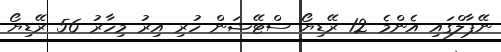
ނޭޕާލްގައި އެންމެ 12 ރޭޑިޔޯ ސްޓޭޝަން ހުރި އިރު މިހާރު 56 ރޭޑިޔޯ